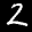
Label: 2